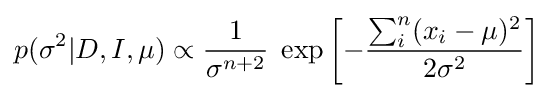
p(\sigma ^{2}|D,I,\mu )\propto {\frac {1}{\sigma ^{n+2}}}\;\exp \left[-{\frac {\sum _{i}^{n}(x_{i}-\mu )^{2}}{2\sigma ^{2}}}\right]